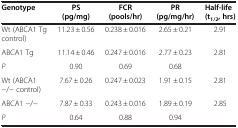
| Genotype | PS (pg/mg) | FCR (pools/hr) | PR (pg/mg/hr) | Half-life(t1/2, hrs) |
 | --- | --- | --- | --- | --- |
 | Wt (ABCA1 Tg control) | 11.23 ± 0.56 | 0.238 ± 0.016 | 2.65 ± 0.21 | 2.91 |
 | ABCA1 Tg | 11.14 ± 0.46 | 0.247 ± 0.016 | 2.77 ± 0.23 | 2.81 |
 | P | 0.90 | 0.69 | 0.68 |  |
 | Wt (ABCA1 −/− control) | 7.67 ± 0.26 | 0.247 ± 0.023 | 1.91 ± 0.15 | 2.81 |
 | ABCA1 −/− | 7.87 ± 0.33 | 0.243 ± 0.016 | 1.89 ± 0.19 | 2.85 |
 | P | 0.64 | 0.88 | 0.94 |  |